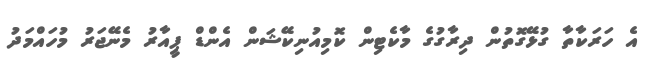
އެ ހަރަކާތާ ގުޅޭގޮތުން ދިރާގުގެ މާކެޓިން ކޮމިއުނިކޭޝަން އެންޑް ޕީއާރު މެނޭޖަރު މުހައްމަދު